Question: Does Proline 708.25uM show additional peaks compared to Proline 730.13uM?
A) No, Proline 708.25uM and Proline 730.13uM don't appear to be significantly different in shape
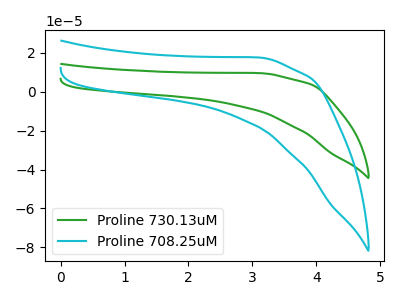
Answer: <think>The green curve "Proline 730.13uM" has no peaks. The cyan curve "Proline 708.25uM" has no peaks.
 Neither "Proline 708.25uM" or "Proline 730.13uM" have any peaks.</think>
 <answer>A) No, "Proline 708.25uM" and "Proline 730.13uM" don't appear to be significantly different in shape</answer>
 <eval>A</eval>